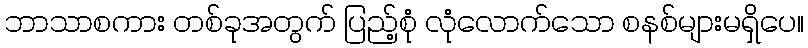
ဘာသာစကား တစ်ခုအတွက် ပြည့်စုံ လုံလောက်သော စနစ်များမရှိပေ။